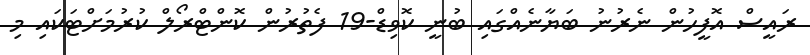
ރައީސް އޮފީހުން ނެރުނު ބަޔާނެއްގައި ބުނީ ކޮވިޑް-19 ފެތުރުން ކޮންޓްރޯލް ކުރުމަށްޓަކައި މި